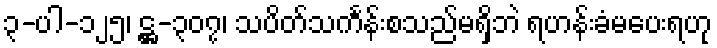
၃-ပါ-၁၂၅၊ ဋ္ဌ-၃၀၇၊ သပိတ်သင်္ကန်းစသည်မရှိဘဲ ရဟန်းခံမပေးရဟု